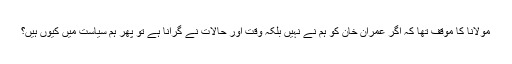
مولانا کا موقف تھا کہ اگر عمران خان کو ہم نے نہیں بلکہ وقت اور حالات نے گرانا ہے تو پھر ہم سیاست میں کیوں ہیں؟